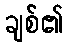
ချစ်၏